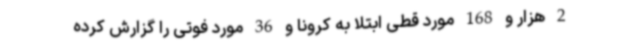
2 هزار و 168 مورد قطی ابتلا به کرونا و 36 مورد فوتی را گزارش کرده